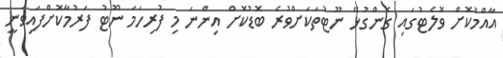
އާއްމުކޮށް ވޮލެޓުގައި ގެންގުޅޭ ނޫޓުތަކަށްވުރެ ބޮޑުކޮށް އިންނަ މި ފުރިހަމަ ނޫޓު ފަރުމާކޮށްފައިވަނީ